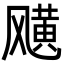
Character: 𩙯